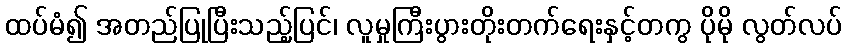
ထပ်မံ၍ အတည်ပြုပြီးသည့်ပြင်၊ လူမှုကြီးပွားတိုးတက်ရေးနှင့်တကွ ပိုမို လွတ်လပ်